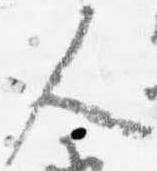
人